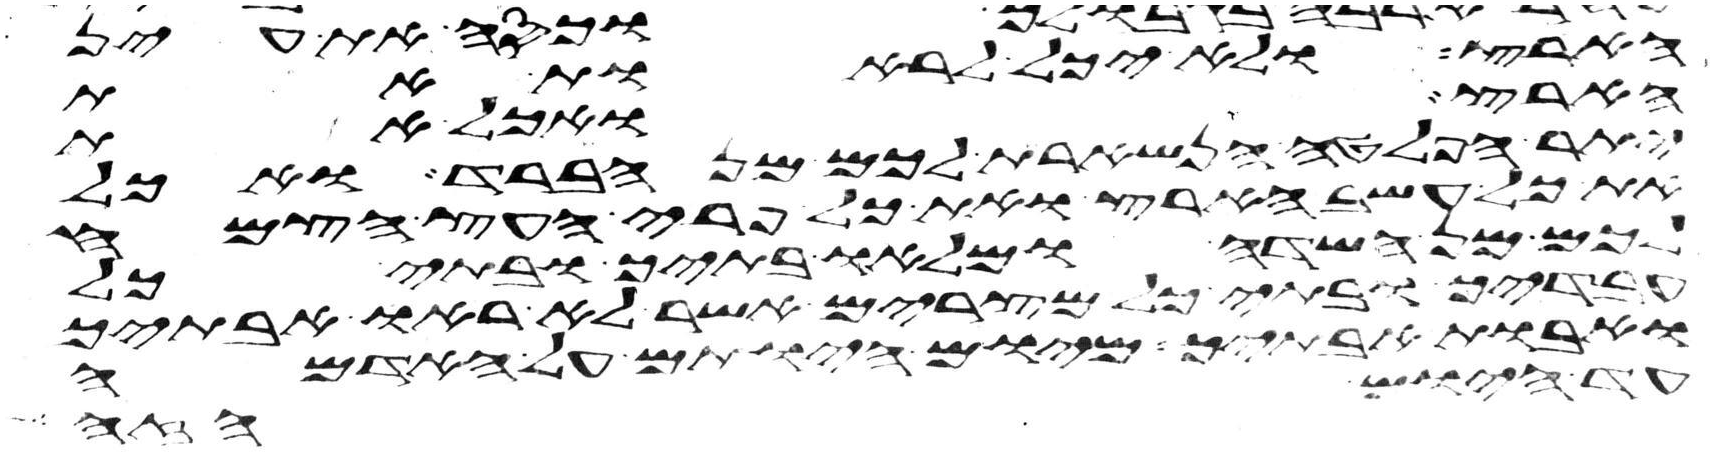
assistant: הארץ ולא יכל לראות את
הארץ ואכל את
יתר הפלטה הנשארת לכם מן הברד ואכל
את כל עשב הארץ ואת כל פרי העץ הצמח
לכם מן השדה ומלאו בתיך ובתי כל
עבדיך ובתי כל מצרים אשר לא ראו אבתיך
ואבות אבתיך מיום היותם על האדמה
עד היום הזה